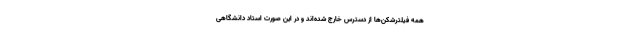
همه فیلترشکن‌ها از دسترس خارج شده‌اند و در این صورت استاد دانشگاهی